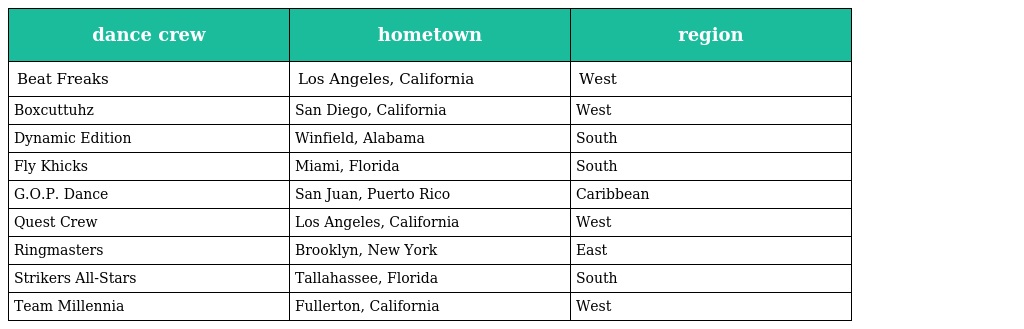
| dance crew | hometown | region |
 | --- | --- | --- |
 | Beat Freaks | Los Angeles, California | West |
 | Boxcuttuhz | San Diego, California | West |
 | Dynamic Edition | Winfield, Alabama | South |
 | Fly Khicks | Miami, Florida | South |
 | G.O.P. Dance | San Juan, Puerto Rico | Caribbean |
 | Quest Crew | Los Angeles, California | West |
 | Ringmasters | Brooklyn, New York | East |
 | Strikers All-Stars | Tallahassee, Florida | South |
 | Team Millennia | Fullerton, California | West |